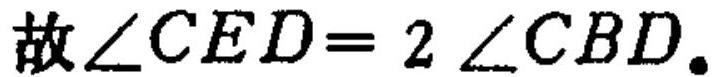
故\(\angle CED = 2\angle CBD\)。